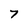
Character: 7